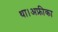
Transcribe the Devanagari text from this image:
था।अफ्रीका